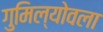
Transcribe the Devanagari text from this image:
गुमिल्योवला